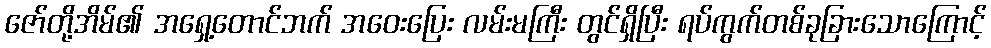
ဇော်တို့အိမ်၏ အရှေ့တောင်ဘက် အဝေးပြေး လမ်းမကြီး တွင်ရှိပြီး ရပ်ကွက်တစ်ခုခြားသောကြောင့်